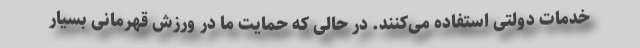
خدمات دولتی استفاده می‌کنند. در حالی که حمایت ما در ورزش قهرمانی بسیار